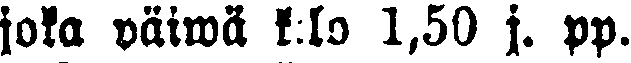
joka päiwä k:lo 1,50 j. pp.